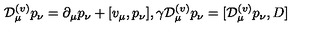
{ \cal D } _ { \mu } ^ { ( v ) } p _ { \nu } = \partial _ { \mu } p _ { \nu } + [ v _ { \mu } , p _ { \nu } ] , \gamma { \cal D } _ { \mu } ^ { ( v ) } p _ { \nu } = [ { \cal D } _ { \mu } ^ { ( v ) } p _ { \nu } , D ]